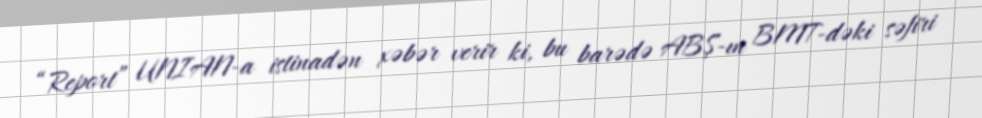
“Report” UNIAN-a istinadən xəbər verir ki, bu barədə ABŞ-ın BMT-dəki səfiri